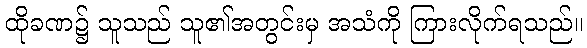
ထိုခဏ၌ သူသည် သူ၏အတွင်းမှ အသံကို ကြားလိုက်ရသည်။